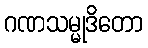
ဂဏသမ္မုဒိတော